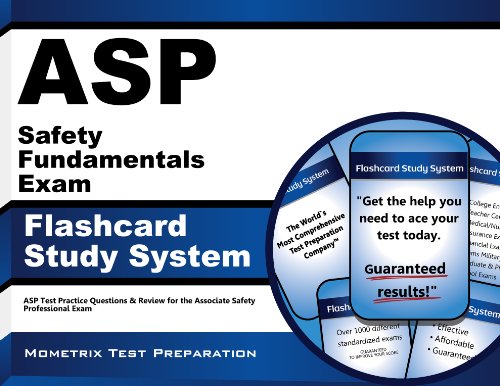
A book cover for ASP Safety Fundamentals Exam Flashcard Study System: ASP Test Practice Questions & Review for the Associate Safety Professional Exam (Cards); ASP Exam Secrets Test Prep Team; Test Preparation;